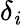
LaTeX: \delta_{\mathit{i}}